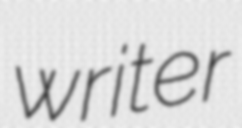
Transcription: writer